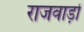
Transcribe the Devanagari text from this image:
राजवाड़ों